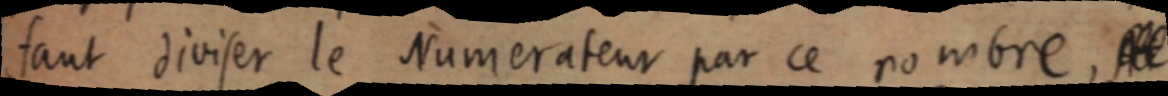
faut diviser le Numérateur par ce nombre, [All]